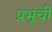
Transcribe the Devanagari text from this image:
प्रभूंची